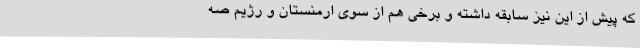
که پیش از این نیز سابقه داشته و برخی هم از سوی ارمنستان و رژیم صه